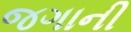
જગાની